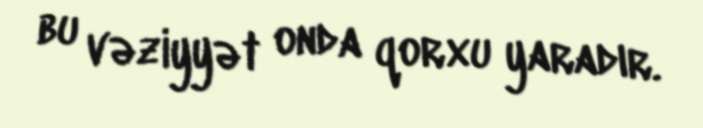
bu vəziyyət onda qorxu yaradır.